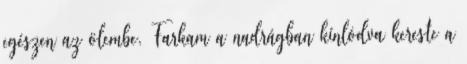
egészen az ölembe. Farkam a nadrágban kínlódva kereste a